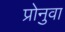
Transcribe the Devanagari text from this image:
प्रोनुवा